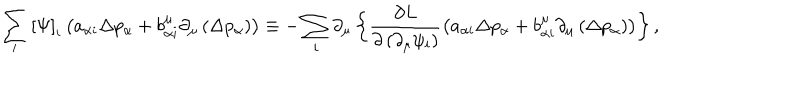
\sum _ { i } \left[ \Psi \right] _ { i } \left( a _ { \alpha i } \Delta p _ { \alpha } + b _ { \alpha i } ^ { \mu } \partial _ { \mu } \left( \Delta p _ { \alpha } \right) \right) \equiv - \sum _ { i } \partial _ { \mu } \left\{ \frac { \partial L } { \partial \left( \partial _ { \mu } \psi _ { i } \right) } \left( a _ { \alpha i } \Delta p _ { \alpha } + b _ { \alpha i } ^ { \mu } \partial _ { \mu } \left( \Delta p _ { \alpha } \right) \right) \right\} ,